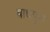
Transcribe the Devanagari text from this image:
बाधपुरा